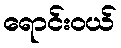
ရောင်းဝယ်